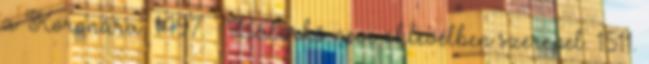
a Koronára. 1497. – Bátorkő neve oklevélben szerepel. 1511.